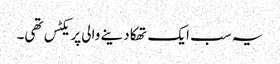
یہ سب ایک تھکا دینے والی پریکٹس تھی۔